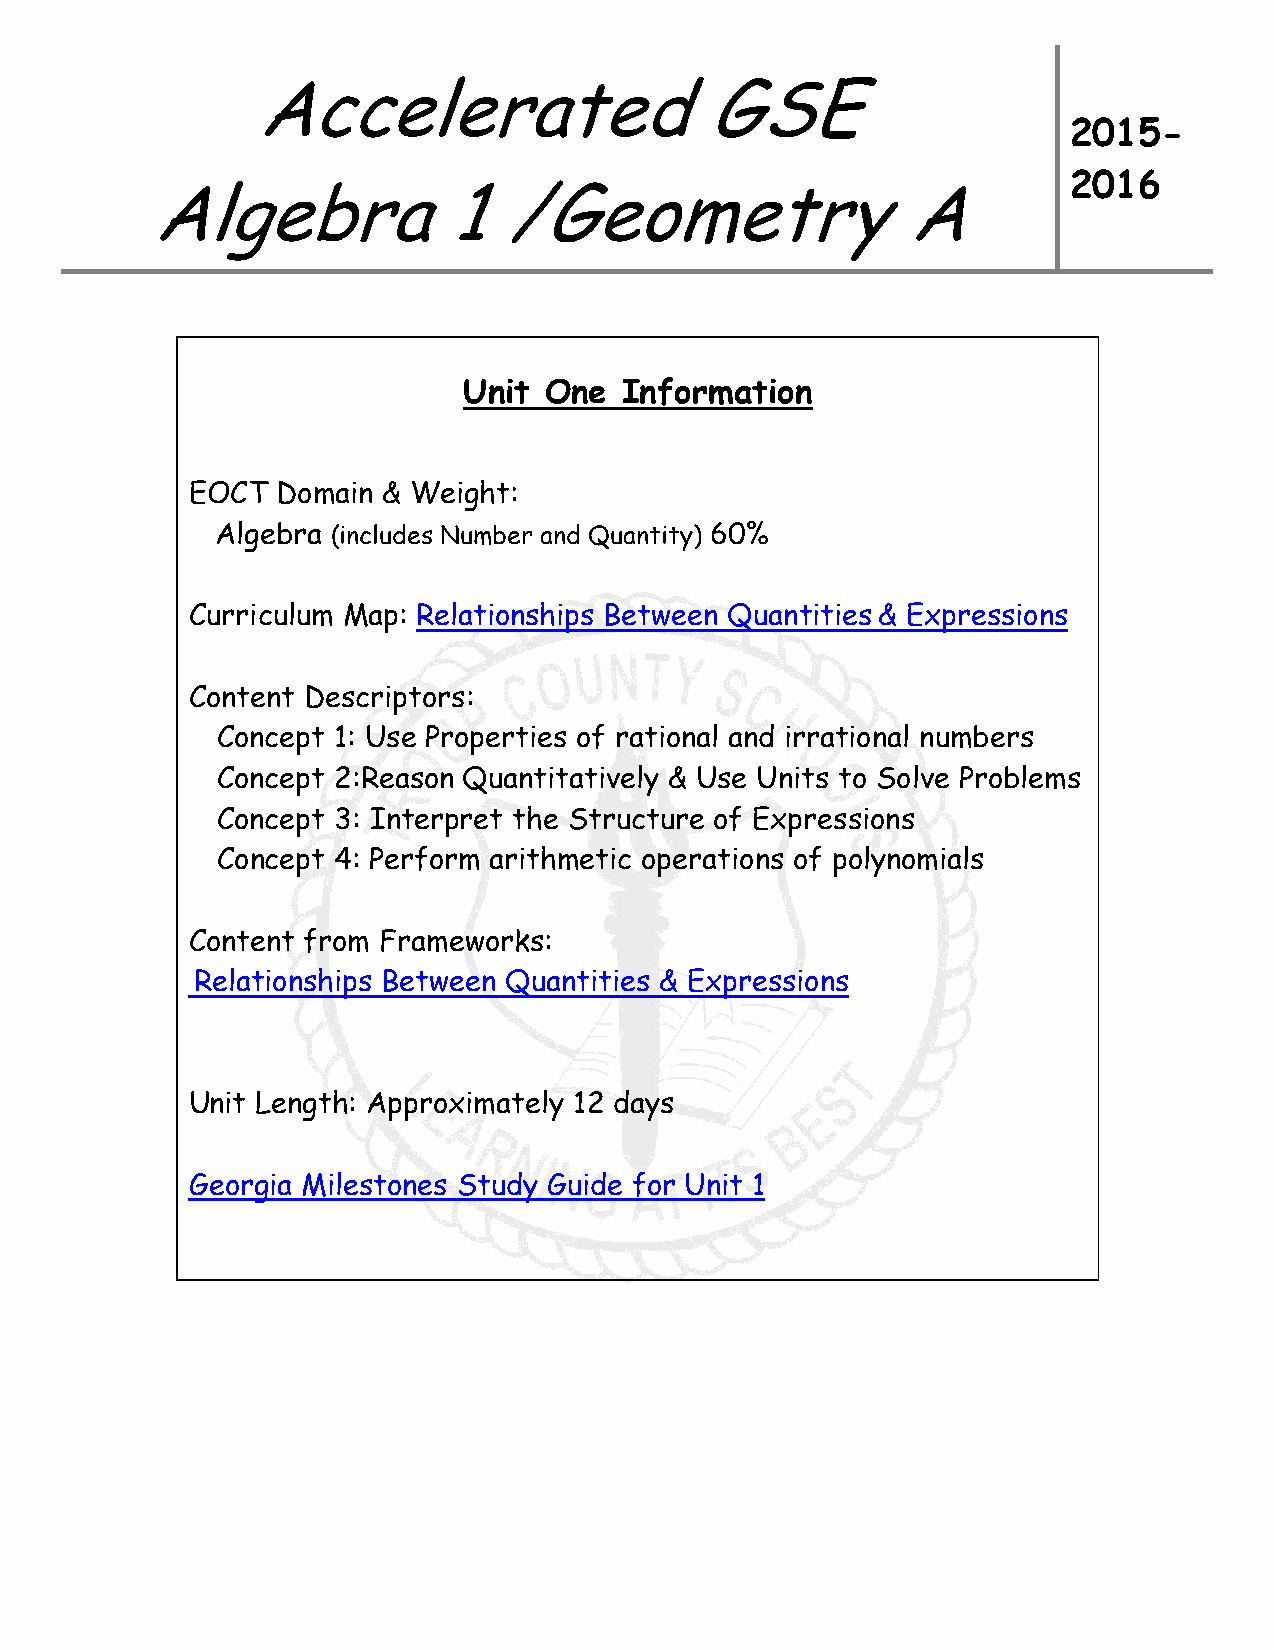
Accelerated                   GSE
 2015-
 2016
 Algebra            1   /Geometry                  A
 Unit One  Information
 EOCT  Domain & Weight:
 Algebra (includes Number and Quantity) 60%
 Curriculum Map: Relationships Between Quantities & Expressions
 Content Descriptors:
 Concept 1: Use Properties of rational and irrational numbers
 Concept 2:Reason Quantitatively & Use Units to Solve Problems
 Concept 3: Interpret the Structure of Expressions
 Concept 4: Perform arithmetic operations of polynomials
 Content from Frameworks:
 Relationships Between Quantities & Expressions
 Unit Length: Approximately 12 days
 Georgia Milestones Study Guide for Unit 1